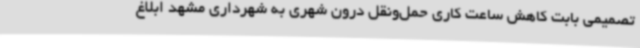
تصمیمی بابت کاهش ساعت کاری حمل‌ونقل درون شهری به شهرداری مشهد ابلاغ